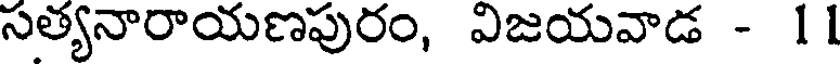
సత్యనారాయణపురం, విజయవాడ - 11